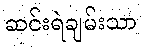
ဆင်းရဲချမ်းသာ